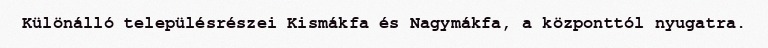
Különálló településrészei Kismákfa és Nagymákfa, a központtól nyugatra.